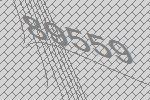
89559